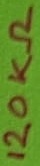
Text: 120Ω